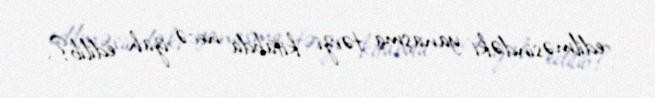
edilməsindəki yanaşma tərzi kitabda necə izah edilib?.